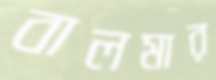
বালমার